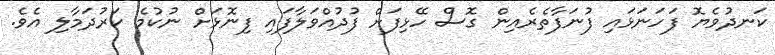
ކަނދުވެޔޮ ފަހަނަޅައި ފުނަފާތެރެއިން ގޮސް ހޭޅިފަށް ފުދުއްވަލާފައި ފިނޮޅަށް ނުކުމެ ކަރުދަމާލި އެވެ.